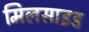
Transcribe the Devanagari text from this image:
मिलसाइड